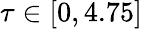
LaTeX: \tau\in[0,4.75]